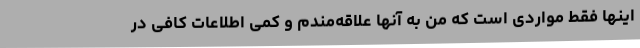
اینها فقط مواردی است که من به آنها علاقه‌مندم و کمی اطلاعات کافی در